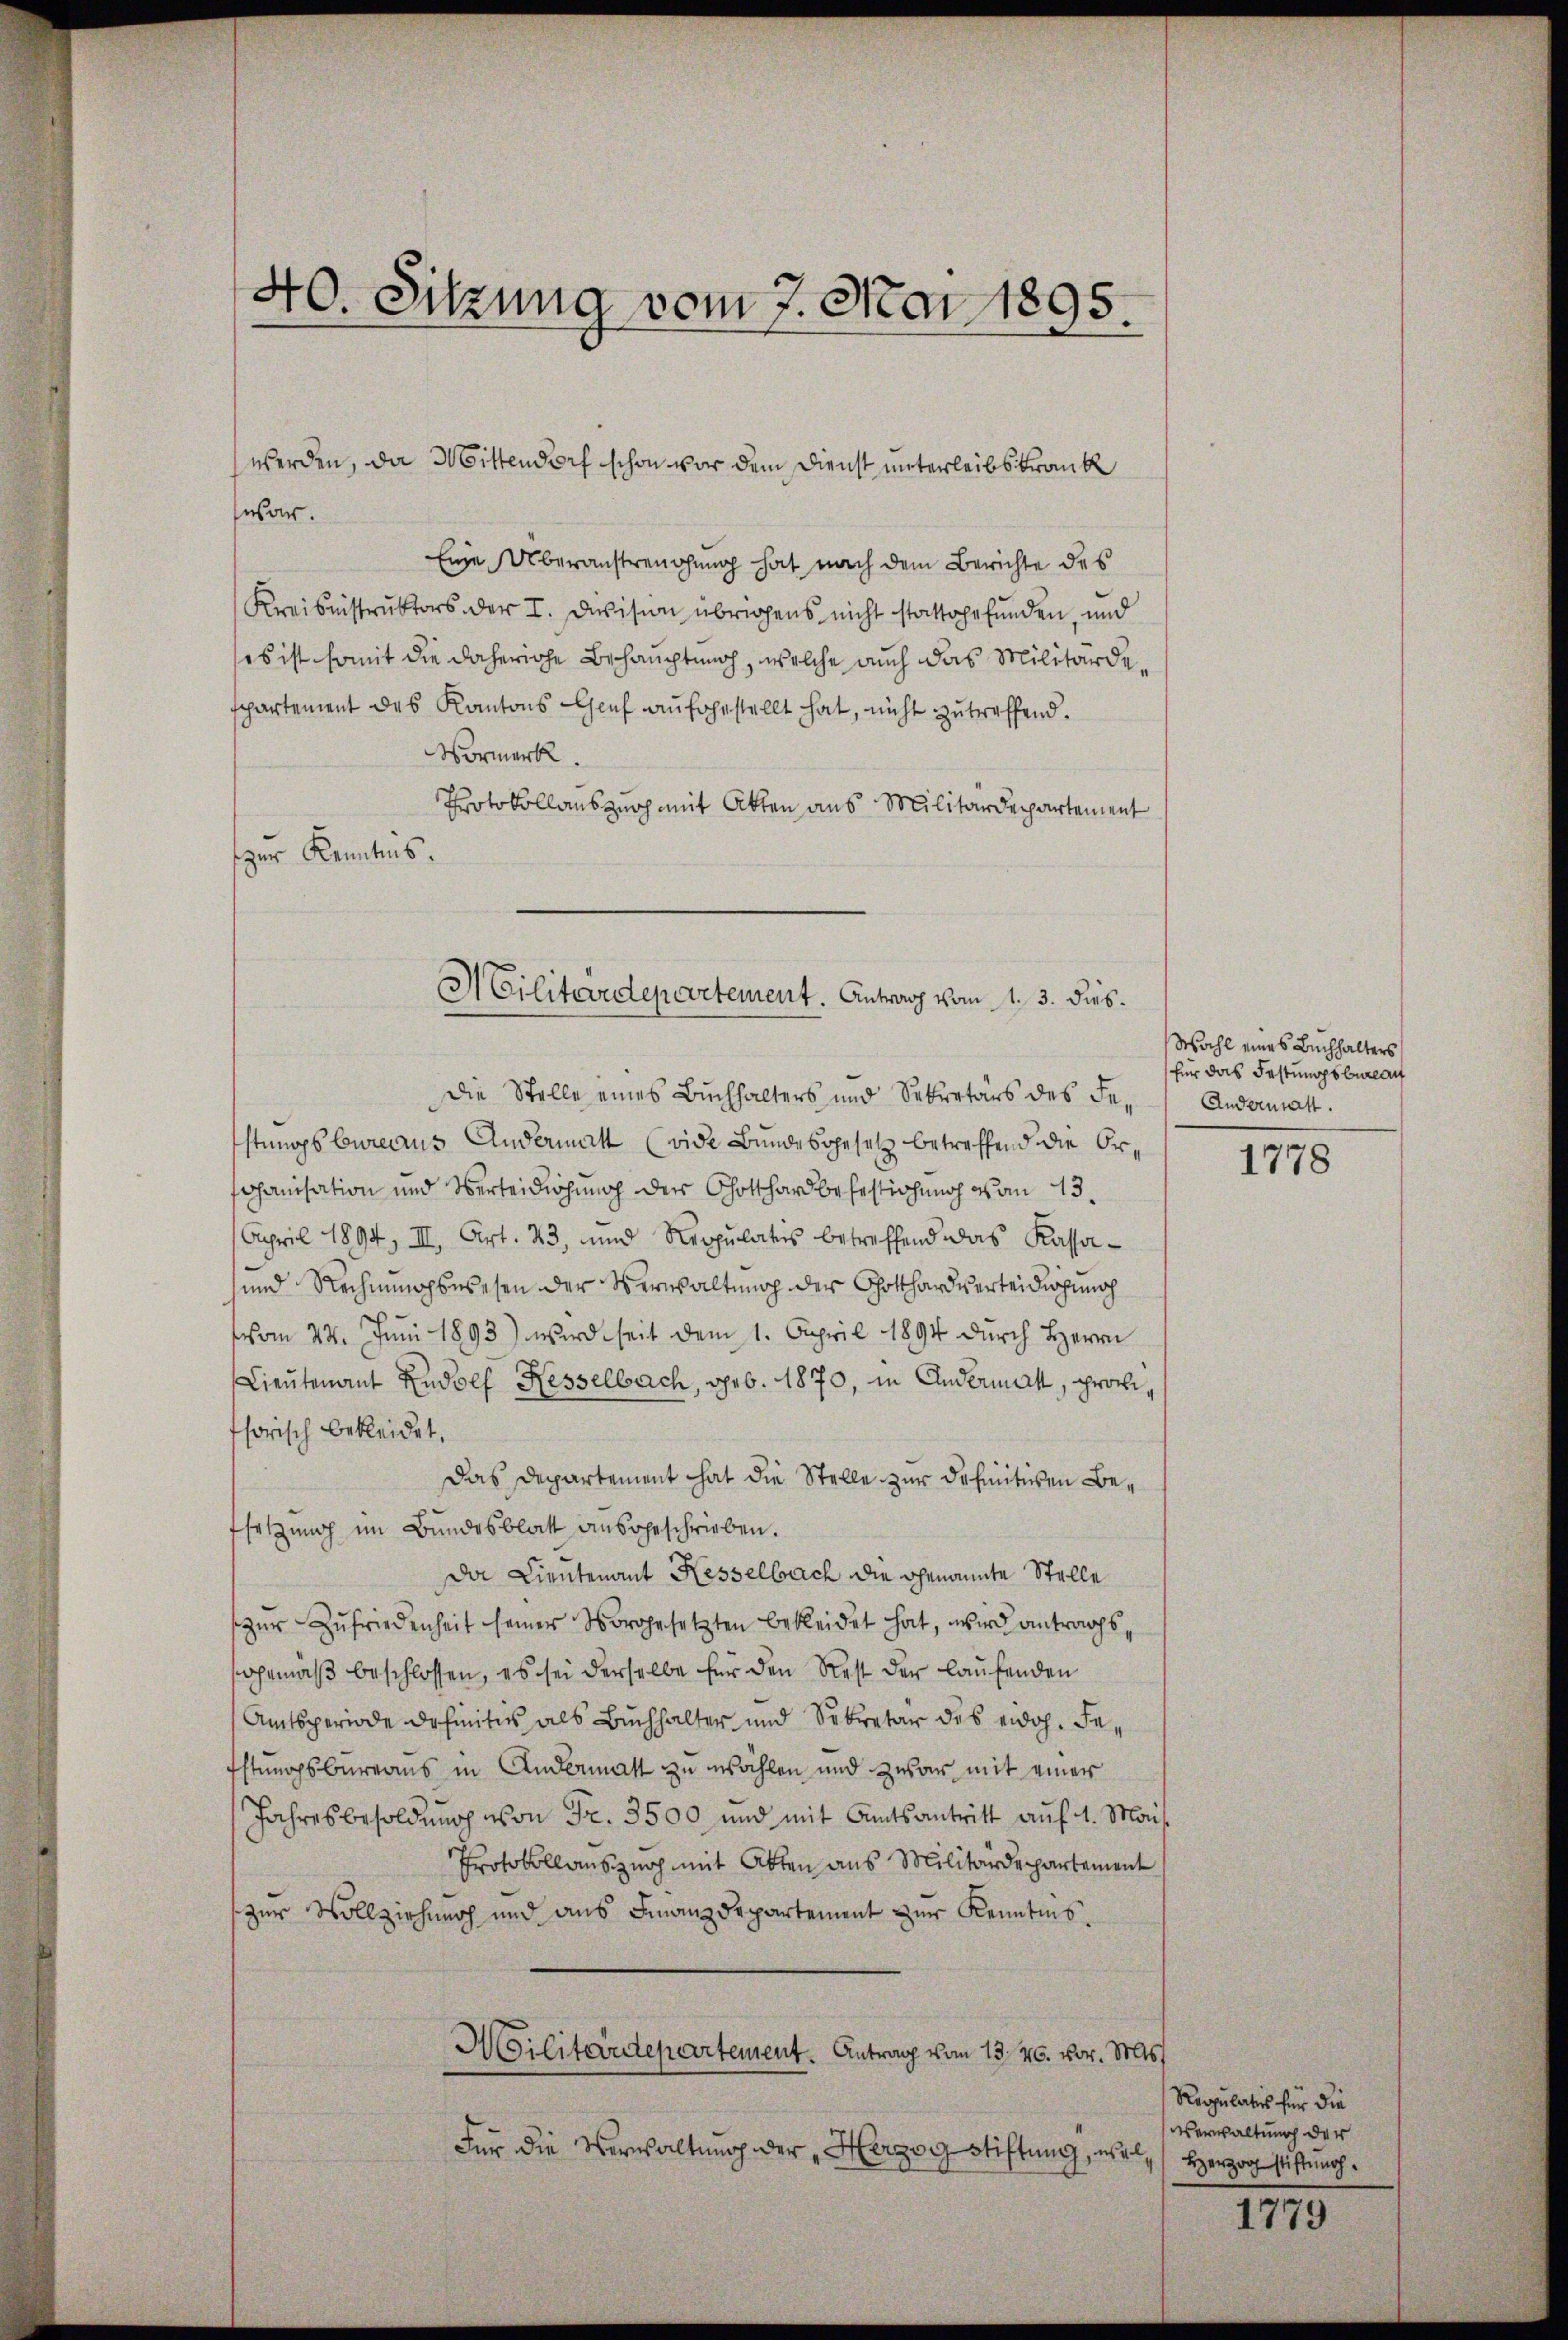
werden, da Mittendorf schon vor dem Dienst unterleibskrank
war.
Eine Überanstrengung hat nach dem Berichte des
Kreisinistruktors der I. Devision übrigens nicht stattgefunden, und
es ist somit die daherige Behauptung, welche auch das Militärdespartement des Kantons Genf aufgestellt hat, nicht zutreffend.
Vormerk.
Protokollauszug mit Akten aus Militärdepartement
zur Kenntnis.

40. Sitzung vom 7. Mai 1895
¬

Militärdepartement. Antrag vom 1. 3. dies.

Die Stelle eines Buchhalters und Sekretärs des Festungsbureaus Andermatt (vide Bundesgesetz betreffend die Or¬
Johanisation und Verteidigung der Gotthard befestigung vom 13.
April 1894, III. Art. 23, und Regŭlates betreffend das Kassa-
und Rechnungswesen der Verwaltung der Gotthard verteidigung
vom 24. Juni 1893) wird seit dem 1. April 1894 durch Herrn
Lieutenant Rudolf Hesselbach, geb. 1870, in Andermahl, prochihorisch bekleidet,
Das Departement hat die Stelle zur Definitiven Betsetzung im Bundesblatt ausgeschrieben.
Da Lieutenant Kesselbach die genannte Stelle
zŭr Zufriedenheit seiner Vorgesetzten bekleidet hat, wird antragssgemäß beschlossen, es sei derselbe für den Rest der laufenden
Amtsperiode definitiv als Buchhalter und Sekretär des eidoh. Festungsbureaus in Andermatt zu wählen und zwar mit einer
Jahresbesoldung von Fr. 3500 und mit Amtsantritt auf 1. Mons.
Protokollauszug mit Akten aus Militärdepartement
zur Vollziehung und aus Finanzdepartement zur Kenntnis.
Militärdepartement. Antrag vom 13. 26. vor. Mts
Für die Verwaltung der Herzog Stiftung, wil, Herzog stiftung.

Wahl eines Buchhalters
für das Festungsbureau
Andermatt.

1778

Reopulatis für die
Verwaltung der

1779